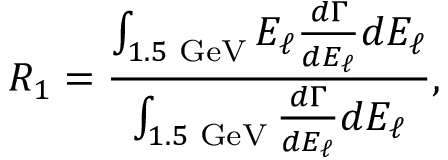
R _ { 1 } = { \frac { \int _ { 1 . 5 \mathrm { \scriptsize ~ G e V } } E _ { \ell } { \frac { d \Gamma } { d E _ { \ell } } } d E _ { \ell } } { \int _ { 1 . 5 \mathrm { \scriptsize ~ G e V } } { \frac { d \Gamma } { d E _ { \ell } } } d E _ { \ell } } } ,